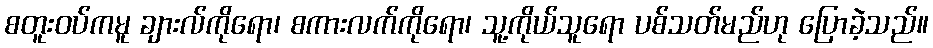
စတူးဝပ်ကမူ ချားလ်ကိုရော၊ စကားလက်ကိုရော၊ သူ့ကိုယ်သူရော ပစ်သတ်မည်ဟု ပြောခဲ့သည်။